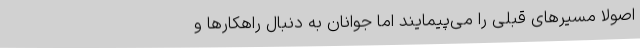
اصولاً مسیرهای قبلی را می‌پیمایند اما جوانان به دنبال راهکارها و